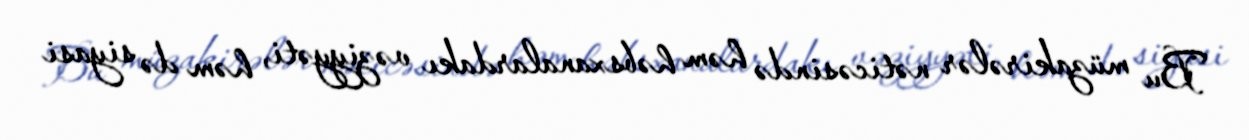
Bu müzakirələr nəticəsində həm həbsxanalardakı vəziyyəti, həm də siyasi